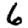
Digit: 6